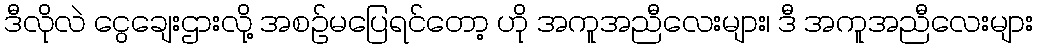
ဒီလိုလဲ ငွေချေးဌားလို့ အစဥ်မပြေရင်တော့ ဟို အကူအညီလေးများ၊ ဒီ အကူအညီလေးများ